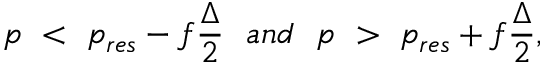
p \ < \ p _ { r e s } - f { \frac { \Delta } { 2 } } \ \ a n d \ \ p \ > \ p _ { r e s } + f { \frac { \Delta } { 2 } } ,